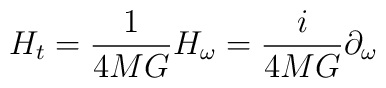
H_t = {1 \over {4MG}} H_{\omega} ={i \over {4MG}}\partial_{\omega}